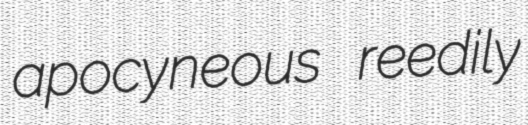
apocyneous reedily